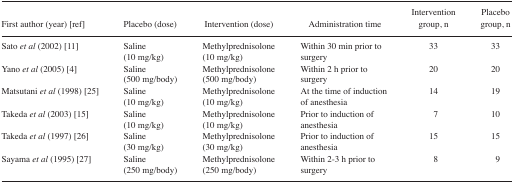
<table><thead><tr><td><b>First author (year) [ref]</b></td><td><b>Placebo (dose)</b></td><td><b>Intervention (dose)</b></td><td><b>Administration time</b></td><td><b>Intervention group, n</b></td><td><b>Placebo group, n</b></td></tr></thead><tbody><tr><td>Sato <i>et al</i>(2002) [11]</td><td>Saline (10 mg/kg)</td><td>Methylprednisolone (10 mg/kg)</td><td>Within 30 min prior to surgery</td><td>33</td><td>33</td></tr><tr><td>Yano <i>et al</i>(2005) [4]</td><td>Saline (500 mg/body)</td><td>Methylprednisolone (500 mg/body)</td><td>Within 2 h prior to surgery</td><td>20</td><td>20</td></tr><tr><td>Matsutani <i>et al</i>(1998) [25]</td><td>Saline (10 mg/kg)</td><td>Methylprednisolone (10 mg/kg)</td><td>At the time of induction of anesthesia</td><td>14</td><td>19</td></tr><tr><td>Takeda <i>et al</i>(2003) [15]</td><td>Saline (10 mg/kg)</td><td>Methylprednisolone (10 mg/kg)</td><td>Prior to induction of anesthesia</td><td>7</td><td>10</td></tr><tr><td>Takeda <i>et al</i>(1997) [26]</td><td>Saline (30 mg/kg)</td><td>Methylprednisolone (30 mg/kg)</td><td>Prior to induction of anesthesia</td><td>15</td><td>15</td></tr><tr><td>Sayama <i>et al</i>(1995) [27]</td><td>Saline (250 mg/body)</td><td>Methylprednisolone (250 mg/body)</td><td>Within 2–3 h prior to surgery</td><td>8</td><td>9</td></tr></tbody></table>